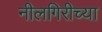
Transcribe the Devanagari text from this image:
नीलगिरीच्या